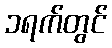
၁ရက်တွင်